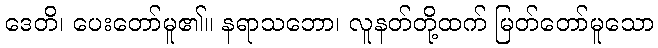
ဒေတိ၊ ပေးတော်မူ၏။ နရာသဘော၊ လူနတ်တို့ထက် မြတ်တော်မူသော